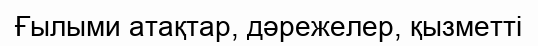
Ғылыми атақтар, дәрежелер, қызметті